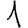
Digit: 1